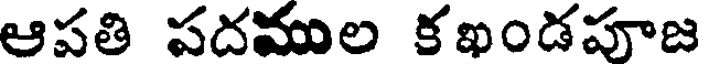
ఆపతి పదముల కఖండపూజ